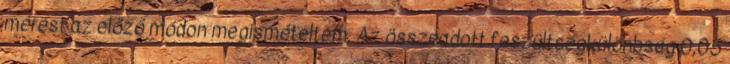
mérést az előző módon megismételtem. Az összeadott feszültségkülönbség 0,05